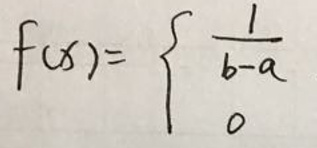
\[
f(x)=\begin{cases}
\frac{1}{b - a} \\
0
\end{cases}
\]